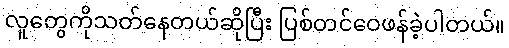
လူတွေကိုသတ်နေတယ်ဆိုပြီး ပြစ်တင်ဝေဖန်ခဲ့ပါတယ်။